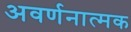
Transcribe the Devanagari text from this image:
अवर्णनात्मक